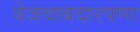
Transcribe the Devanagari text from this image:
बेजवाबदारपणा